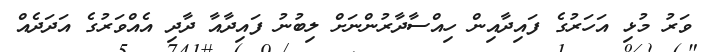
ވަރު މުޅި އަހަރުގެ ފައިދާއިން ހިއްސާދާރުންނަށް ލިބުނު ފައިދާއާ ދާދި އެއްވަރުގެ އަދަދެއް